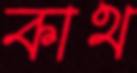
কাথ